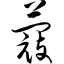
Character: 蔻